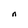
Character: n